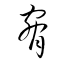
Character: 脋